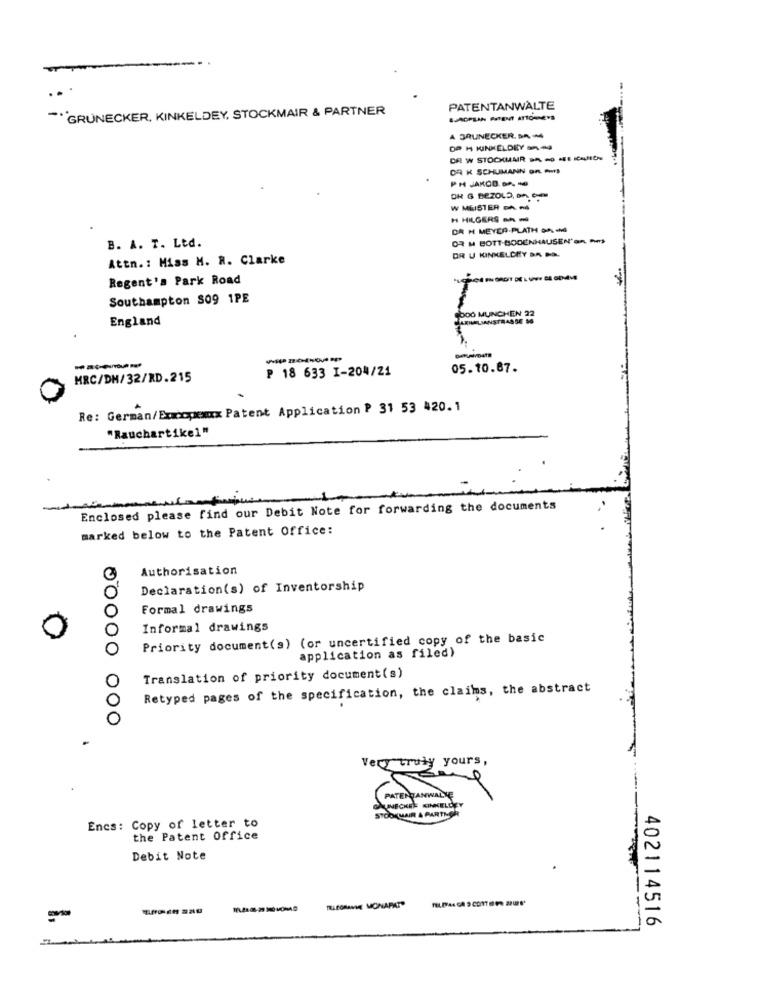
---
-
GRUNECKER, KINKELDEY, STOCKMAIR & PARTNER
PATENTANWÄLTE
-.
A BRUINECKER, DA
OP H KINKELDEY anos
OR W STOCKMARR BA - - EKCAJÓN
OR K SCHUMANN OR AS
OH G BEZOLD, DA, Com
W MEISTER DANS
H HILGERS - -
DA H MEYER.PLATH DA, MI
OR M BOTT-BODENHAUSEN'an Ams
B. A. T. Ltd.
OR U HINKELDRY BA DA.
Attn .: Miss M. R. Clarke
Regent's Park Road
Southampton S09 1PE
England
900 MUNCHEN 22
P 18 633 I-204/21
05.10.87.
MRC/DH/32/RD.215
Re: German/Encopexx Patent Application P 31 53 420. 1
"Rauchartikel"
-
Enclosed please find our Debit Note for forwarding the documents
marked below to the Patent Office:
Authorisation
Declaration(s) of Inventorship
00
Formal drawings
Informal drawings
Priority document(s) (or uncertified copy of the basic
application as filed)
Translation of priority document(s)
Retyped pages of the specification, the claims, the abstract
10
O
Very truly yours,
PATENTANWALKĘ
KUAIR & PARTNER
Encs: Copy of letter to
the Patent Office
Debit Note
--
TRACOMANIE MONAFAT"
-
402114516